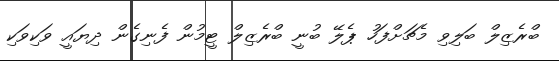
ބްރެޒިލް ބަލިވި މެޗަށްފަހު ޕެލޭ ބުނީ ބްރެޒިލް ޓީމުން ފެނިގެން ދިޔައީ ވަކިވަކި